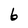
Character: b